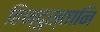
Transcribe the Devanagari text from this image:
हिन्दुस्तानि